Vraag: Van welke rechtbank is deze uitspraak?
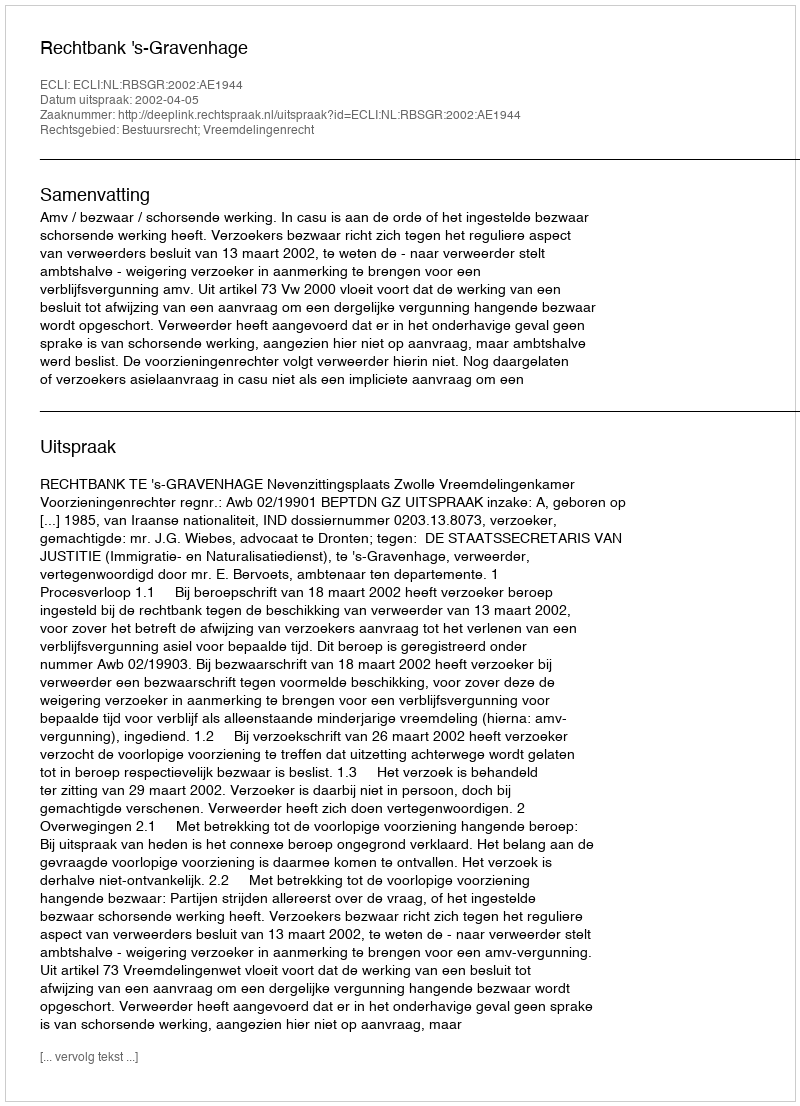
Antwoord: Rechtbank 's-Gravenhage